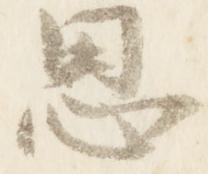
思